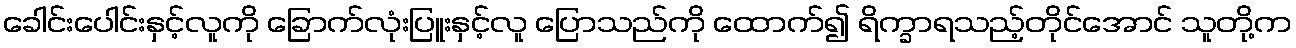
ခေါင်းပေါင်းနှင့်လူကို ခြောက်လုံးပြူးနှင့်လူ ပြောသည်ကို ထောက်၍ ရိက္ခာရသည့်တိုင်အောင် သူတို့က